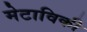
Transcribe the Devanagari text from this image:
मेटाविकी